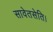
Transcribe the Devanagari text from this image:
सावेतसेति।